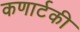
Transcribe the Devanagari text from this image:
कणार्टकी